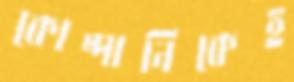
কোম্পানিকেই